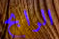
الرابح